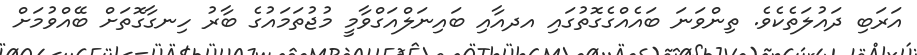
އަރަބި ދައުލަތެކެވެ. ތިންވަނަ ބައެއްގެގޮތުގައި އދއާއި ބައިނަލްއަގްވާމީ މުޖުތަމައުގެ ބާރު ހިނގާގޮތަށް ބޭއްވުމަށް